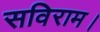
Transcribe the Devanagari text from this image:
सविराम।